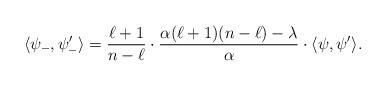
LaTeX: \begin{align*}\langle \psi_- , \psi_-' \rangle =\frac{\ell+1}{n-\ell} \cdot \frac{ \alpha(\ell+1)(n-\ell) - \lambda}{\alpha} \cdot \langle \psi, \psi' \rangle.\end{align*}